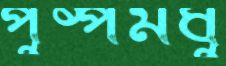
পুষ্পমধু